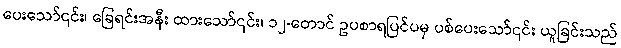
ပေးသော်၎င်း၊ ခြေရင်းအနီး ထားသော်၎င်း၊ ၁၂-တောင် ဥပစာရပြင်ပမှ ပစ်ပေးသော်၎င်း ယူခြင်းသည်